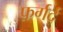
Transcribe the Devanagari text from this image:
फ़र्गर्द